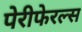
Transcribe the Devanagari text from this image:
पेरीफेरल्स